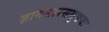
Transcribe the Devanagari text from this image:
ज्ञानसारसमुच्चयः